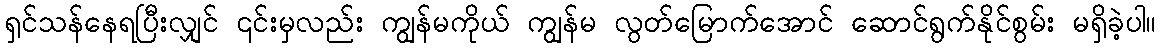
ရှင်သန်နေရပြီးလျှင် ၎င်းမှလည်း ကျွန်မကိုယ် ကျွန်မ လွတ်မြောက်အောင် ဆောင်ရွက်နိုင်စွမ်း မရှိခဲ့ပါ။